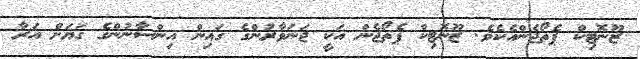
ޒޫނޮޓިކް ޕެތޯޖެންއެކެވެ. ޒޫނޮޓިކް ޕެތޯޖެން އަކީ ޖަނަވާރުންގެ ގައިން އިންސާނުންގެ ގަޔަށް އަރާ